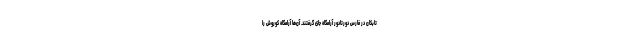
تابکان در فارس دورتادور آرامگاه جای گرفتند. آن‌ها آرامگاه کوروش را